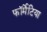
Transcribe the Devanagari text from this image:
फॉर्मेटिया